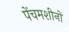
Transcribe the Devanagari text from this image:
पेंचमशीनों